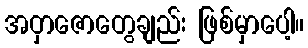
အဝှာဇောတွေချည်း ဖြစ်မှာပေါ့။